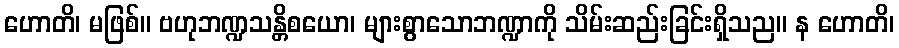
ဟောတိ၊ မဖြစ်။ ဗဟုဘဏ္ဍသန္တိစယော၊ များစွာသောဘဏ္ဍာကို သိမ်းဆည်းခြင်းရှိသည။ န ဟောတိ၊